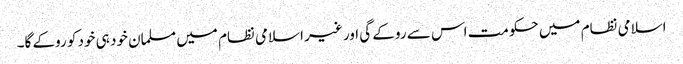
اسلامی نظام میں حکومت اس سے روکے گی اور غیر اسلامی نظام میں مسلمان خود ہی خود کو روکے گا۔